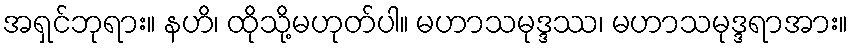
အရှင်ဘုရား။ နဟိ၊ ထိုသို့မဟုတ်ပါ။ မဟာသမုဒ္ဒဿ၊ မဟာသမုဒ္ဒရာအား။